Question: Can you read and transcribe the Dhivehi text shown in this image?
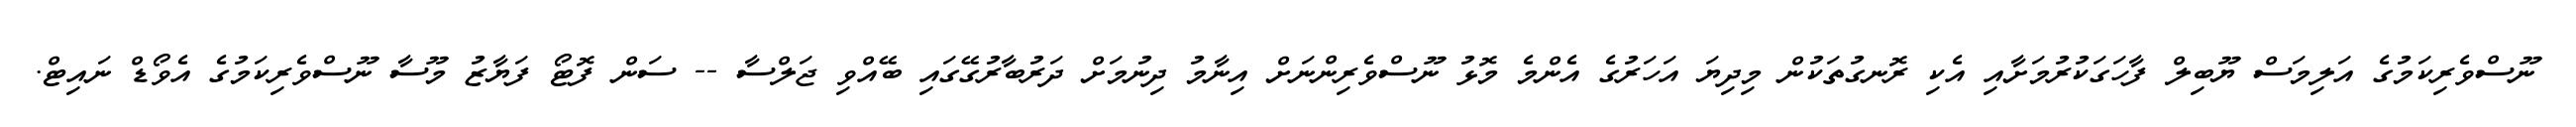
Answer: ނޫސްވެރިކަމުގެ އަލިމަސް ޔޫބިލް ފާހަގަކުރުމަށާއި އެކި ރޮނގުތަކުން މިދިޔަ އަހަރުގެ އެންމެ މޮޅު ނޫސްވެރިންނަށް އިނާމު ދިނުމަށް ދަރުބާރުގޭގައި ބޭއްވި ޖަލްސާ -- ސަން ފޮޓޯ ފަޔާޒު މޫސާ ނޫސްވެރިކަމުގެ އެވޯޑް ނައިޓް.